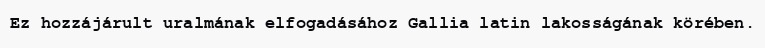
Ez hozzájárult uralmának elfogadásához Gallia latin lakosságának körében.